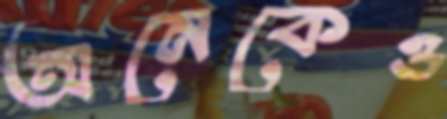
অনেকেও